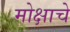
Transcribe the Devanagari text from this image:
मोक्षाचे